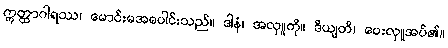
ဣတ္ထာဂါရဿ၊ မောင်းမအပေါင်းသည်။ ဒါနံ၊ အလှူကို။ ဒိယျတိ၊ ပေးလှူအပ်၏။